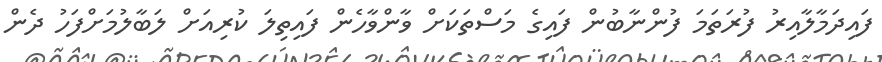
ފައިދަމާލާއިރު ފުރަތަމަ ފުންނާބުން ފައިގެ މަސްތަކަށް ވާންވާހެން ފައިތިލަ ކުރިއަށް ލަބާލުމަށްފަހު ދެން